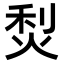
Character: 𤉌